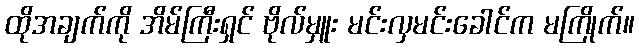
ထိုအချက်ကို အိမ်ကြီးရှင် ဗိုလ်မှူး မင်းလှမင်းခေါင်က မကြိုက်။